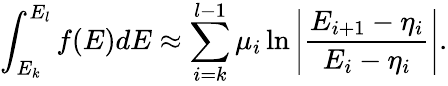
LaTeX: \int_{E_{k}}^{E_{l}}f(E)dE\approx\sum_{i=k}^{l-1}\mu_{i}\ln\left|\frac{E_{i+1}-\eta_{i}}{E_{i}-\eta_{i}}\right|.